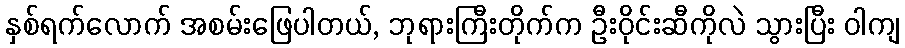
နှစ်ရက်လောက် အစမ်းဖြေပါတယ်, ဘုရားကြီးတိုက်က ဦးဝိုင်းဆီကိုလဲ သွားပြီး ဝါကျ